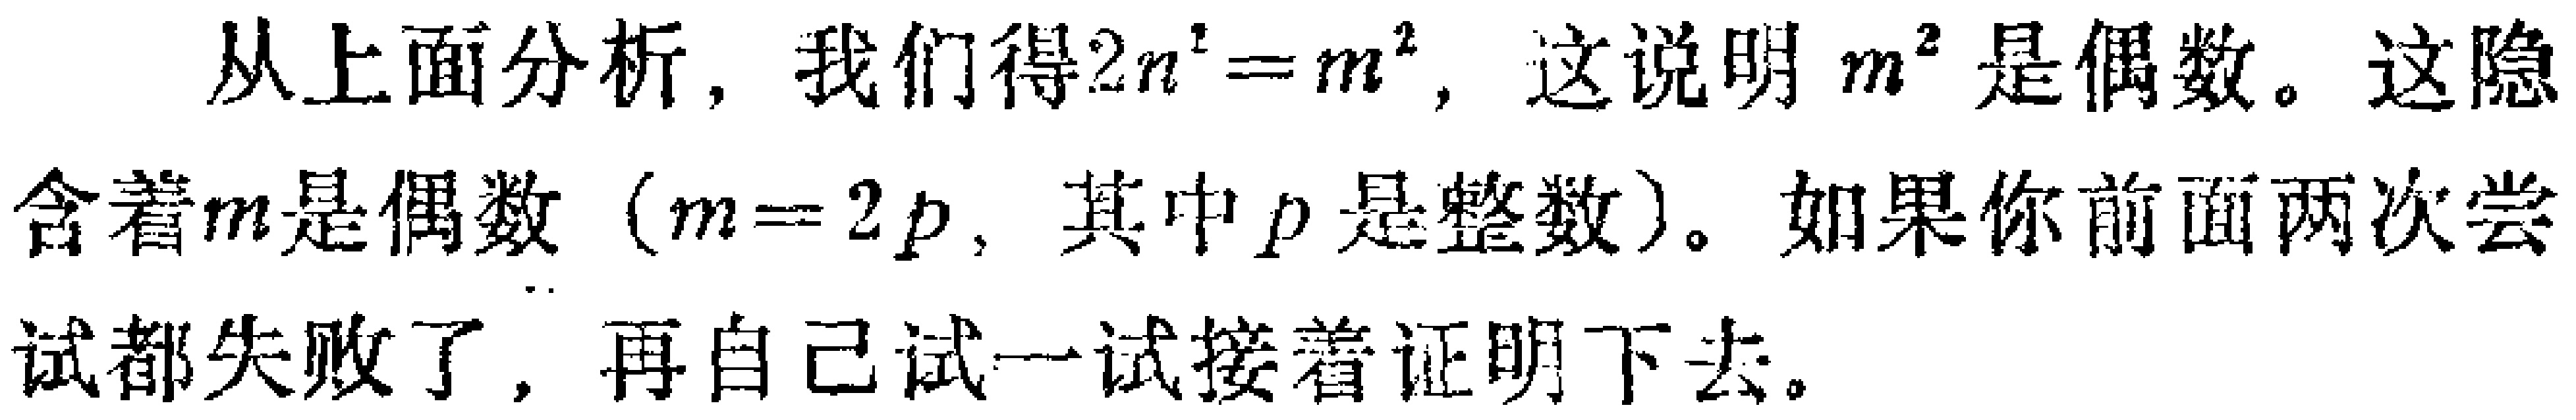
从上面分析，我们得\(2n^{2}=m^{2}\)，这说明 \(m^{2}\)是偶数。这隐含着\(m\)是偶数（\(m = 2p\)，其中\(p\)是整数）。如果你前面两次尝试都失败了，再自己试一试接着证明下去。